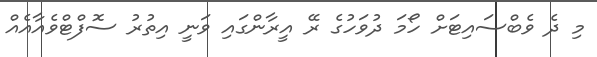
މި ދެ ވެބްސައިޓަށް ހޯމަ ދުވަހުގެ ރޭ އީރާންގައި ވަނީ އިތުރު ސޮފްޓްވެއާއެއް